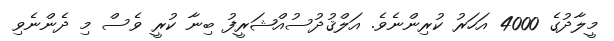
މީލާދުގެ 4000 އަހަރު ކުރިންނެވެ. އަލްޤުދުސުއްޝަރީފު ބިނާ ކުރީ ވެސް މި ދެންނެވި